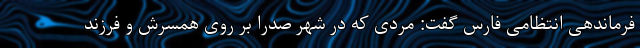
فرماندهی انتظامی فارس گفت: مردی که در شهر صدرا بر روی همسرش و فرزند